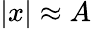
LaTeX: |x|\approx A